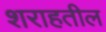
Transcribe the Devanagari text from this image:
शराहतील